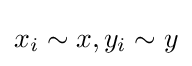
x_{i}\sim x,y_{i}\sim y